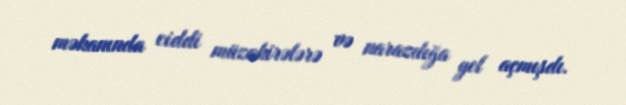
məkanında ciddi müzakirələrə və narazılığa yol açmışdı.